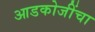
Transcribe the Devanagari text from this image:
आडकोजींचा